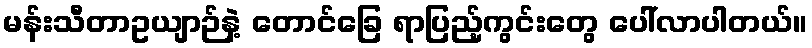
မန်းသီတာဥယျာဉ်နဲ့ တောင်ခြေ ရာပြည့်ကွင်းတွေ ပေါ်လာပါတယ်။